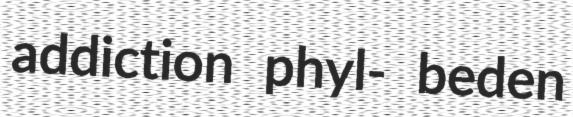
addiction phyl- beden